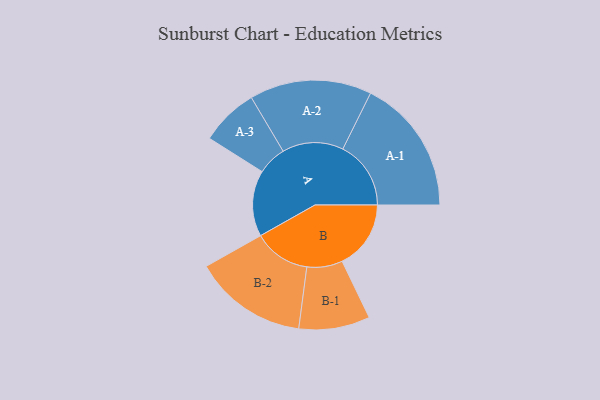
{"axis": {"x": "Segment", "y": "Value"}, "legend": ["", "A", "B"], "data": [{"x": "A", "y": 282, "type": ""}, {"x": "B", "y": 294, "type": ""}, {"x": "A-1", "y": 291, "type": "A"}, {"x": "A-2", "y": 261, "type": "A"}, {"x": "A-3", "y": 124, "type": "A"}, {"x": "B-1", "y": 152, "type": "B"}, {"x": "B-2", "y": 243, "type": "B"}]}